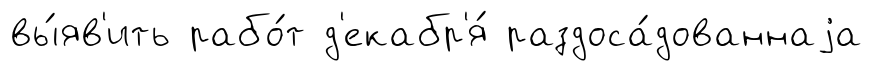
вы́яв'ить рабо́т д'екабр'я́ раздоса́дованнаjа